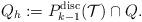
LaTeX: \begin{align*} Q_h := {P}_{k-1}^{\mathrm{disc}}(\mathcal{T}) \cap Q.\end{align*}